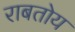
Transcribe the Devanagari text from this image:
राबतोय